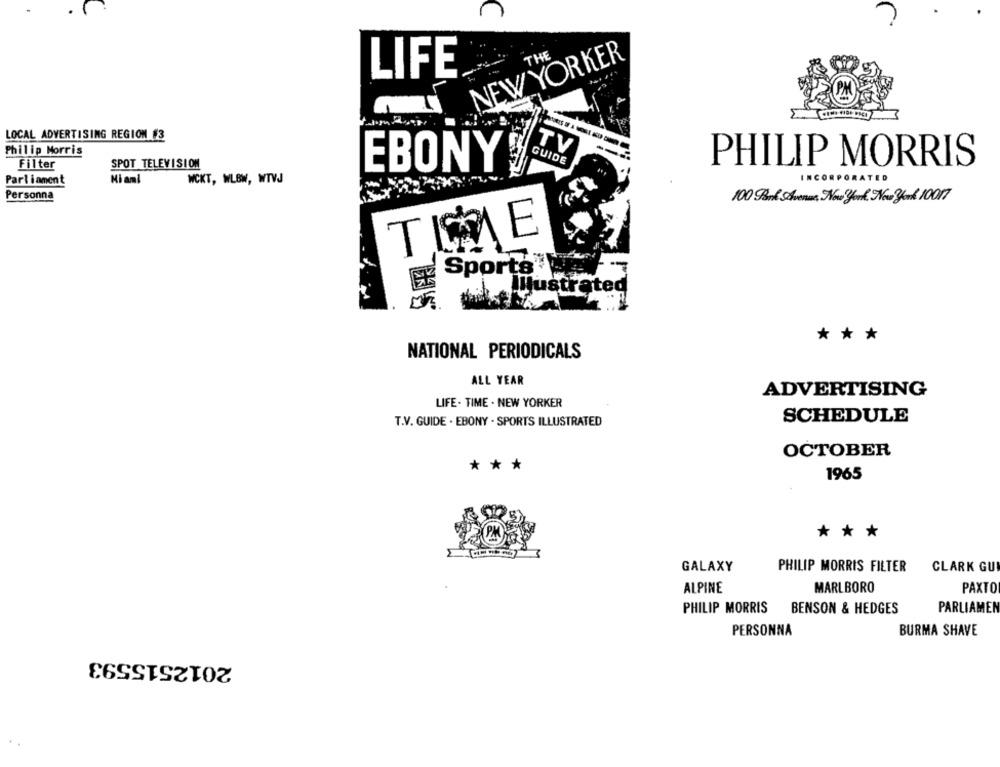
THE
NEW YORKER
LIFE
LOCAL ADVERTISING REGION #3
Philip Morris
TV
GUIDE
Filter
SPOT TELEVISION
EBONY
PHILIP MORRIS
Parliament
Miami
WCKT, WLBW, WTVJ
INCORPORATED
Personna
100 Ford Shvenes, New York New york 10017
EF Sports
Illustrated
* * *
NATIONAL PERIODICALS
ALL YEAR
ADVERTISING
LIFE . TIME . NEW YORKER
T.V. GUIDE . EBONY . SPORTS ILLUSTRATED
SCHEDULE
OCTOBER
***
1965
PM
***
GALAXY
PHILIP MORRIS FILTER
CLARK GU
ALPINE
MARLBORO
PAXTO
PHILIP MORRIS
BENSON & HEDGES
PARLIAMEN
PERSONNA
BURMA SHAVE
2012515593